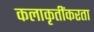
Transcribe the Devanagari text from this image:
कलाकृतींकरता